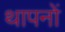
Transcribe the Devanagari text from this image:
थापनों